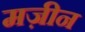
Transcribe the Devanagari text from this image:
मज़ीन